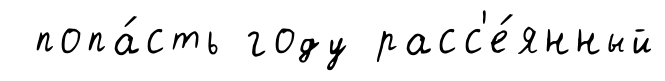
попа́сть году расс'е́янный